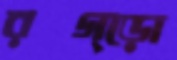
রগ্‌ড়ো